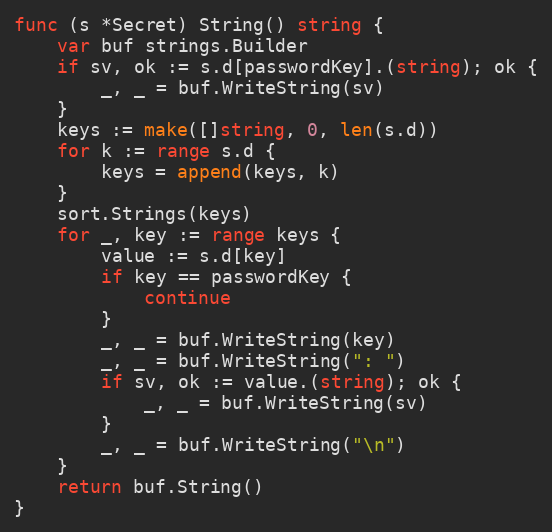
Language: Go
func (s *Secret) String() string {
	var buf strings.Builder
	if sv, ok := s.d[passwordKey].(string); ok {
		_, _ = buf.WriteString(sv)
	}
	keys := make([]string, 0, len(s.d))
	for k := range s.d {
		keys = append(keys, k)
	}
	sort.Strings(keys)
	for _, key := range keys {
		value := s.d[key]
		if key == passwordKey {
			continue
		}
		_, _ = buf.WriteString(key)
		_, _ = buf.WriteString(": ")
		if sv, ok := value.(string); ok {
			_, _ = buf.WriteString(sv)
		}
		_, _ = buf.WriteString("\n")
	}
	return buf.String()
}